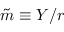
{ \tilde { m } } \equiv Y / r